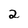
Character: 2